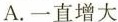
A.一直增大